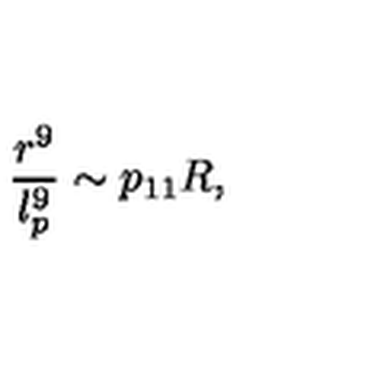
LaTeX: \frac { r ^ { 9 } } { l _ { p } ^ { 9 } } \sim p _ { 1 1 } R ,